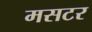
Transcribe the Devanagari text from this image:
मसटर